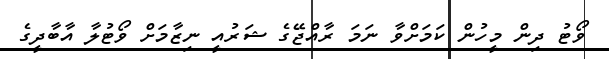
ވޯޓު ދިން މީހުން ކަމަށްވާ ނަމަ ރާއްޖޭގެ ޝަރުއީ ނިޒާމަށް ވޯޓުލާ އާބާދީގެ